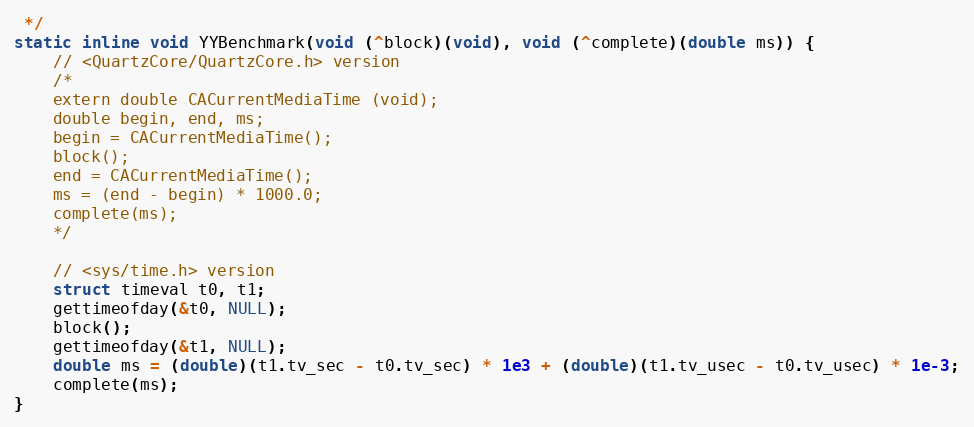
Language: C
 */
static inline void YYBenchmark(void (^block)(void), void (^complete)(double ms)) {
    // <QuartzCore/QuartzCore.h> version
    /*
    extern double CACurrentMediaTime (void);
    double begin, end, ms;
    begin = CACurrentMediaTime();
    block();
    end = CACurrentMediaTime();
    ms = (end - begin) * 1000.0;
    complete(ms);
    */

    // <sys/time.h> version
    struct timeval t0, t1;
    gettimeofday(&t0, NULL);
    block();
    gettimeofday(&t1, NULL);
    double ms = (double)(t1.tv_sec - t0.tv_sec) * 1e3 + (double)(t1.tv_usec - t0.tv_usec) * 1e-3;
    complete(ms);
}